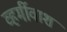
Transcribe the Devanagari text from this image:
व्हर्मीवाश